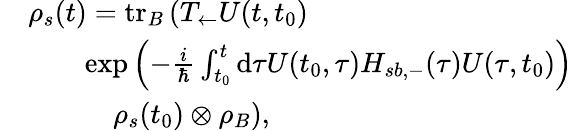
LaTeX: \begin{array}{rl}&{\rho_{s}(t)=\mathrm{tr}_{B}\left(T_{\leftarrow}U(t,t_{0})\right.}\\ &{\qquad\mathrm{exp}\left(-\frac{i}{\hbar}\int_{t_{0}}^{t}\mathrm{d}\tau U(t_{0},\tau)H_{sb,-}(\tau)U(\tau,t_{0})\right)}\\ &{\qquad\quad\left.\rho_{s}(t_{0})\otimes\rho_{B}\right),}\end{array}